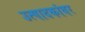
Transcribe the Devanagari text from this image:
उत्पादकांवर